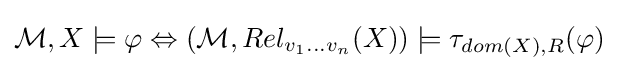
{\mathcal {M}},X\models \varphi \Leftrightarrow ({\mathcal {M}},Rel_{v_{1}\dots v_{n}}(X))\models \tau _{dom(X),R}(\varphi )